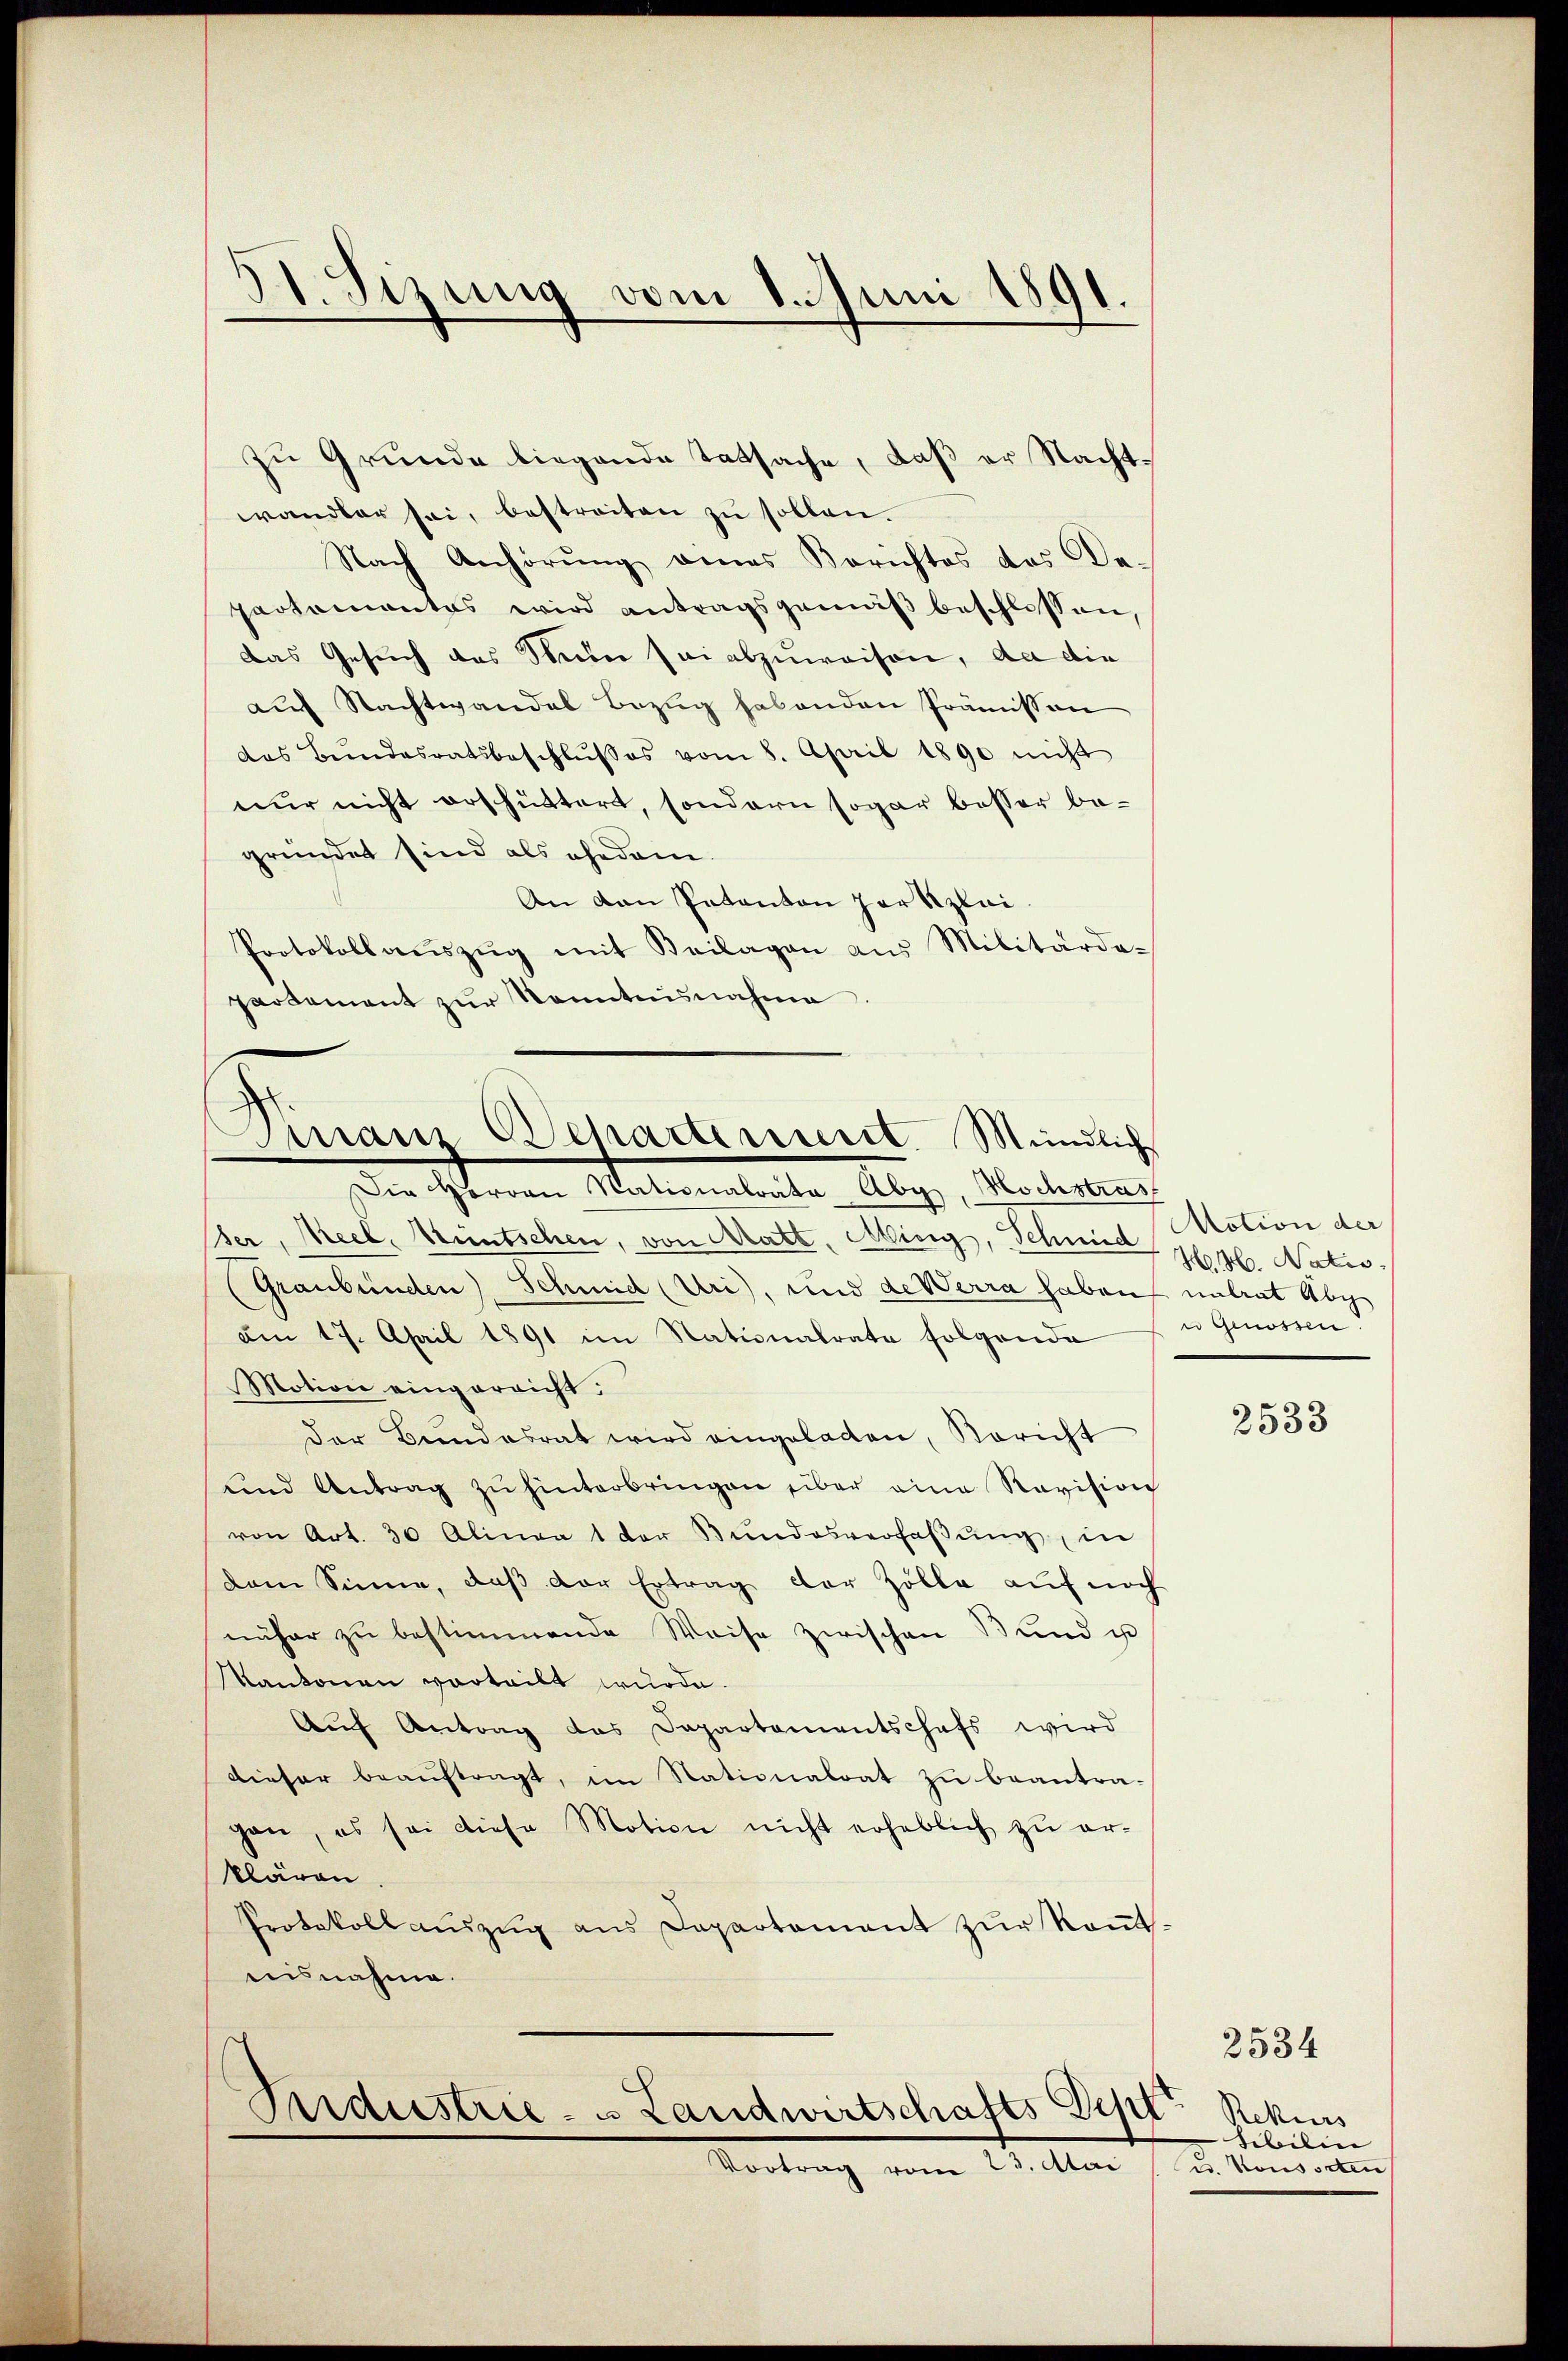
41. Sizung vom 1. Juni 1891.

zu Grunde biegende Tatsache, daß er Nachtwandler sei, bestreiten zŭ sollen.
Nach Anhörung eines Berichtes des De-
paotomantes wird antragsgemäß beschlossen,
das Gesuch des Mein sei abzuweisen, da die
auf Nachtwandel Bezug habenden Prämisson
das Bŭndesratsbeschlŭβes vom 8. April 1890 nicht
nur nicht erschüttert, sondern sogar besser begründet sind als ehedem.
An von Patanton Herzlei-
Protokollaŭszŭg mit Beilagen aus Militärde-
partement zŭr Kenntnisnahme.

der, Seel, Muntschen, von Matt, Mirig, Schmied Hr. Natio
Graubünden Schmid (Uri), und de Werra haben untrat Abg
am 17. April 1891 im Nationalrate folgende
Motion eingereicht:
der Bundesrat wird eingeladen, Bericht
und Antrag zŭ hinterbringen über eine Revision
von Art. 30 Alinea 1 der Bŭndesverlaβŭng, in
dem Sinne, daβ der Ertrag der Zölle auf noch
näher zu bestimmende Weise zwischen Bund u
Kantonen vorteilt wurde.
Aŭf Antrag das Departamentschefs wird
Dieser beaŭftragt, im Stationalrat zu beantra-
gan, es sei diese Motion nicht erheblich zŭ er-
klären
Protokoll auszug aus Departement zur Ramtisnahme.
Ferdiestrie - u Landwirtschafts Dept
Vortrag vom 23. Atai

Finanz Departement. Mündliche
Die Hervon Nationalrate Abg, Hochstras

Notion der
u Genossen!

2533

Rekurs
sibilin
Dr. Konsorten

2534